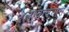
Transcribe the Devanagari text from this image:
लावावयास